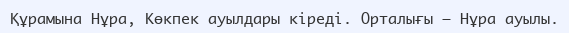
Құрамына Нұра, Көкпек ауылдары кіреді. Орталығы – Нұра ауылы.